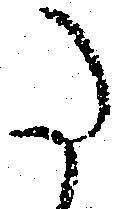
た